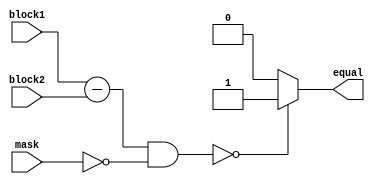
module masked_comparator (
    input [7:0] block1,
    input [7:0] block2,
    input [7:0] mask,
    output reg equal
);

reg [7:0] diff;

always @* begin
    diff = block1 - block2;
    diff = diff & ~mask;
    
    if(diff == 8'b0) begin
        equal = 1;
    end else begin
        equal = 0;
    end
end

endmodule